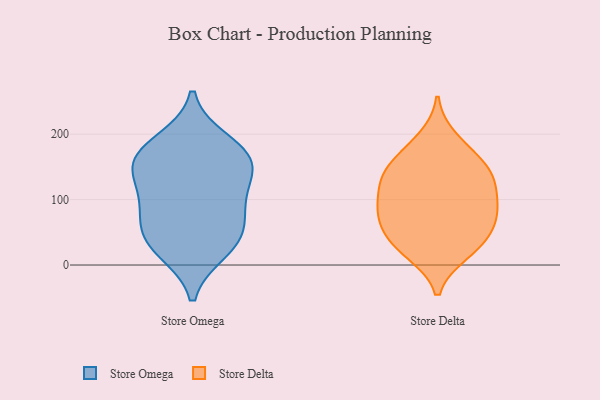
{"axis": {"x": "Market Share (%)", "y": "Value"}, "legend": ["Store Delta", "Store Omega"], "data": [{"x": "", "y": 39, "type": "Store Omega"}, {"x": "", "y": 167, "type": "Store Omega"}, {"x": "", "y": 153, "type": "Store Omega"}, {"x": "", "y": 161, "type": "Store Omega"}, {"x": "", "y": 99, "type": "Store Omega"}, {"x": "", "y": 100, "type": "Store Omega"}, {"x": "", "y": 39, "type": "Store Omega"}, {"x": "", "y": 69, "type": "Store Omega"}, {"x": "", "y": 188, "type": "Store Omega"}, {"x": "", "y": 23, "type": "Store Omega"}, {"x": "", "y": 146, "type": "Store Omega"}, {"x": "", "y": 141, "type": "Store Delta"}, {"x": "", "y": 150, "type": "Store Delta"}, {"x": "", "y": 127, "type": "Store Delta"}, {"x": "", "y": 118, "type": "Store Delta"}, {"x": "", "y": 97, "type": "Store Delta"}, {"x": "", "y": 76, "type": "Store Delta"}, {"x": "", "y": 72, "type": "Store Delta"}, {"x": "", "y": 126, "type": "Store Delta"}, {"x": "", "y": 87, "type": "Store Delta"}, {"x": "", "y": 79, "type": "Store Delta"}, {"x": "", "y": 53, "type": "Store Delta"}, {"x": "", "y": 174, "type": "Store Delta"}, {"x": "", "y": 43, "type": "Store Delta"}, {"x": "", "y": 154, "type": "Store Delta"}, {"x": "", "y": 194, "type": "Store Delta"}, {"x": "", "y": 18, "type": "Store Delta"}, {"x": "", "y": 33, "type": "Store Delta"}, {"x": "", "y": 19, "type": "Store Delta"}]}